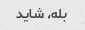
بله، شاید